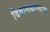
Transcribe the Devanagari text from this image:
दिवाणखान्याचा